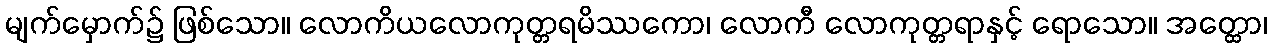
မျက်မှောက်၌ ဖြစ်သော။ လောကိယလောကုတ္တရမိဿကော၊ လောကီ လောကုတ္တရာနှင့် ရောသော။ အတ္ထော၊